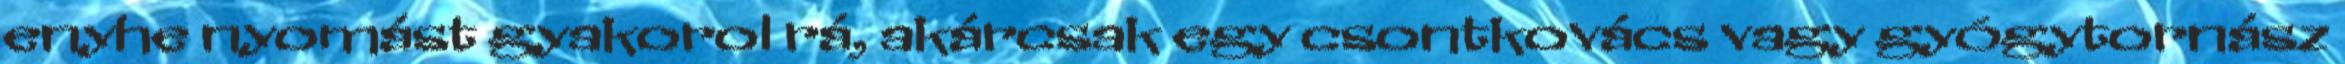
enyhe nyomást gyakorol rá, akárcsak egy csontkovács vagy gyógytornász